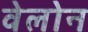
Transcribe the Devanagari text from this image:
वेलोन